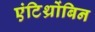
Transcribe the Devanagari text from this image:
एंटिथ्रोंबिन